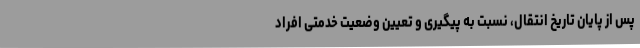
پس از پایان تاریخ انتقال، نسبت به پیگیری و تعیین وضعیت خدمتی افراد